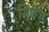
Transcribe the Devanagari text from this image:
गिनेज़